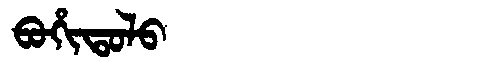
Manchu: ᠪᠣᡥᡳᡨᠣᠯᠣ
Romanization: BOHITOLO